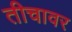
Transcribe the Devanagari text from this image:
तीचावर